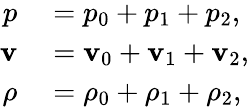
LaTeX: \begin{array}{rl}{p}&{{}=p_{0}+p_{1}+p_{2},}\\ {\mathbf{v}}&{{}=\mathbf{v}_{0}+\mathbf{v}_{1}+\mathbf{v}_{2},}\\ {\rho}&{{}=\rho_{0}+\rho_{1}+\rho_{2},}\end{array}